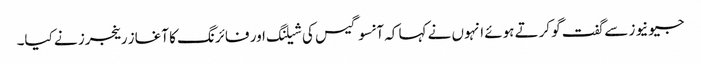
جیو نیوز سے گفت گو کرتے ہوئے انہوں نے کہا کہ آنسو گیس کی شیلنگ اور فائرنگ کا آغاز رینجرز نے کیا۔